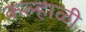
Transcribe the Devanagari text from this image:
कल्हाळी